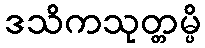
ဒသိကသုတ္တမ္ပိ